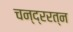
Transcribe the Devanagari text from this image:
चन्द्ररत्न